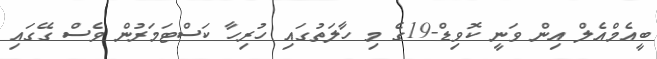
ބީއެމްއެލް އިން ވަނީ ކޮވިޑް-19ގެ މި ހާލަތުގައި ހުރިހާ ކަސްޓަމަރުން ވެސް ގޭގައި